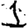
Digit: 1